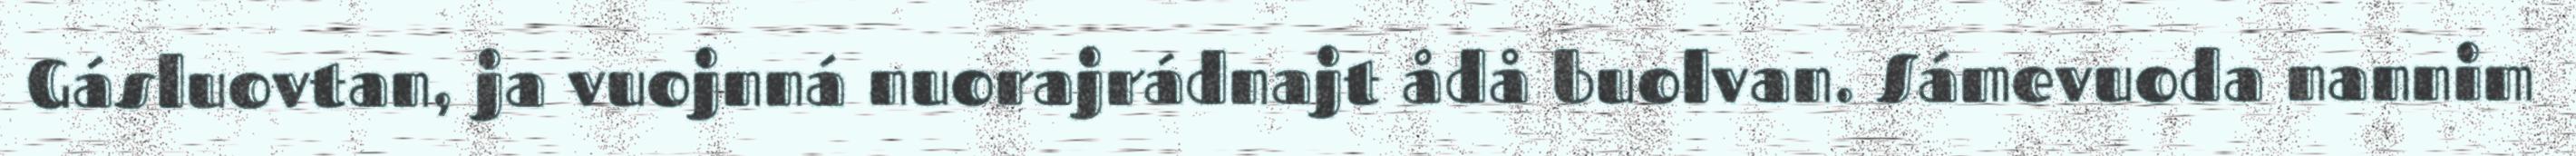
Gásluovtan, ja vuojnná nuorajrádnajt ådå buolvan. Sámevuoda nannim